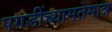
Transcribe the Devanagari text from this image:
पगडींच्यामतेमात्र